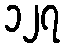
၁၂၇